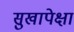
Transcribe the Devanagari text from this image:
सुखापेक्षा